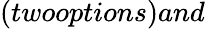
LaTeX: (twooptions)and